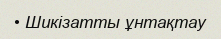
• Шикізатты ұнтақтау